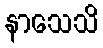
နာသေသိ